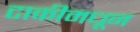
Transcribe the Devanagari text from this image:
टाकीमधून